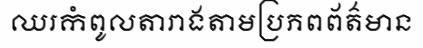
ឈរកំពូលតារាងតាមប្រភពព័ត៌មាន